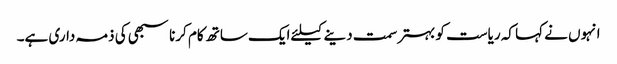
انہوں نے کہا کہ ریاست کو بہترسمت دینےکیلئےایک ساتھ کام کرنا سبھی کی ذمہ داری ہے۔